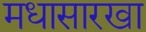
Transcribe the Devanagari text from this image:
मधासारखा